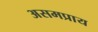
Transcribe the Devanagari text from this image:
असमप्राय